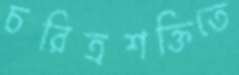
চরিত্রশক্তিতে